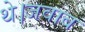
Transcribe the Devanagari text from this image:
थे।जवाब